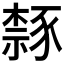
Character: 𫎉